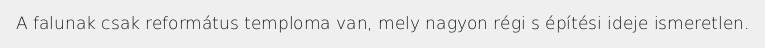
A falunak csak református temploma van, mely nagyon régi s építési ideje ismeretlen.